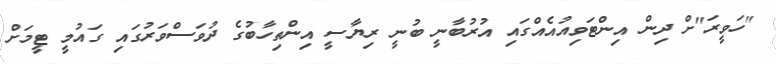
"ހަވީރަ"ށް ދިން އިންޓަވިއުއެއްގައި އުރުބާނީ ބުނީ ރިޔާސީ އިންތިހާބުގެ ދުވަސްވަރުގައި ގައުމީ ޓީމަށް